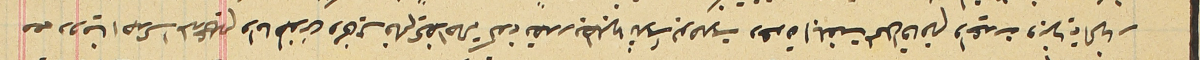
معه دومينا احدى المدعى عليهم واما طنوسَ ومخايل فلم يحضرا حالة كونه تصدر بطلبهما ثلاث بوصلات دعوة ابلغت لمحل اقامتهم واعيدت وبنهاية النهار